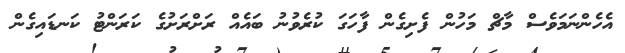
އެހެންނަމަވެސް މާޗް މަހުން ފެށިގެން ފާހަގަ ކުރެވުނު ބައެއް ރަށްރަށުގެ ކަރަންޓު ކަނޑައިގެން